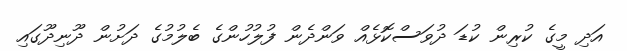
އަދި މީގެ ކުރިން ކުޑަ ދުވަސްކޮޅެއް ވަންދެން ފުލުހުންގެ ބެލުމުގެ ދަށުން ދޫނިދޫގައި